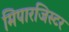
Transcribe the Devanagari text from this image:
मिपारजिस्टर